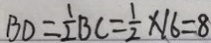
B D = \frac { 1 } { 2 } B C = \frac { 1 } { 2 } \times 1 6 = 8